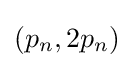
(p_{n},2p_{n})